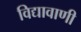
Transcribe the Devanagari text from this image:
विद्यावाणी